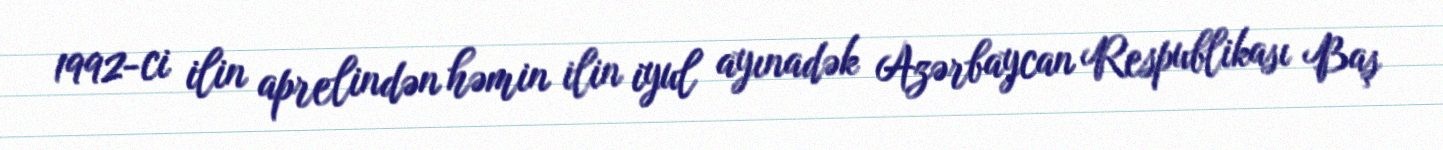
1992-ci ilin aprelindən həmin ilin iyul ayınadək Azərbaycan Respublikası Baş